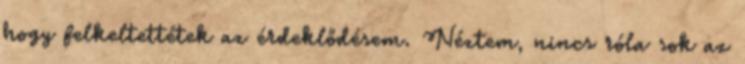
hogy felkeltettétek az érdeklődésem. Néztem, nincs róla sok az